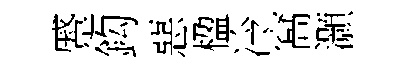
蹙鈎惡楹冷窩灝